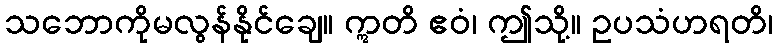
သဘောကိုမလွန်နိုင်ချေ။ ဣတိ ဧဝံ၊ ဤသို့။ ဥပသံဟရတိ၊